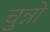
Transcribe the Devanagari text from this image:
चुन्नो